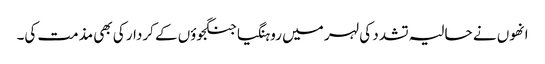
انھوں نے حالیہ تشدد کی لہر میں روہنگیا جنگجوؤں کے کردار کی بھی مذمت کی۔